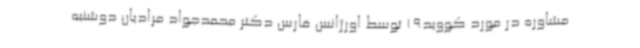
مشاوره در مورد کووید19 توسط اورژانس فارس دکتر محمدجواد مرادیان دوشنبه